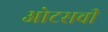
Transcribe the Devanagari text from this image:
ओटसची